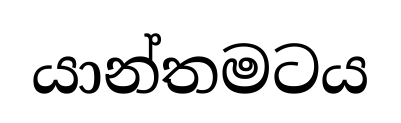
යාන්තමටය